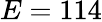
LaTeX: E=114